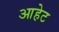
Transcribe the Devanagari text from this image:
आहेट